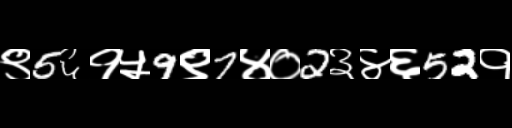
Text: ९5६१५9९7४०2३४६52१